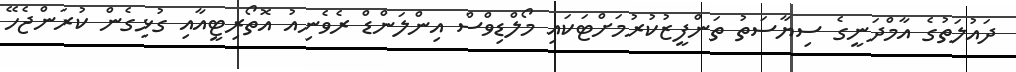
ދައުލަތުގެ އާމްދަނީގެ ސިޔާސަތު ތަންފީޒުކުރުމަށްޓަކައި މޯލްޑިވްސް އިންލަންޑް ރެވެނިއު އޮތޯރިޓީއާއި ގުޅިގެން ކުރަންޖެހޭ